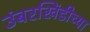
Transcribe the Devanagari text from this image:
उंबरखिंडीच्या